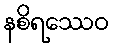
နစိရဿေဝ